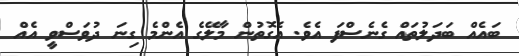
ބައެއް ބަދަލުތައް ގެނެސްފަ އެވެ. އެގޮތުން މާލޭގެ އެންމެ ގިނަ ދުވަސްވީ އެއް